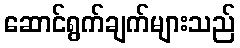
ဆောင်ရွက်ချက်များသည်